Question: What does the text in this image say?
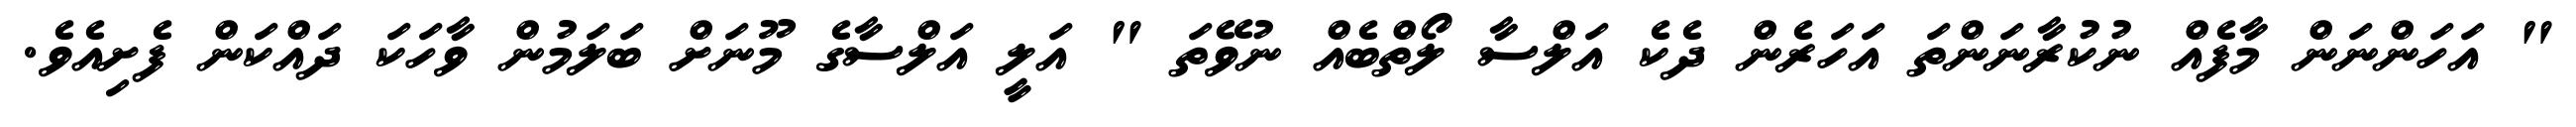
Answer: " އަހަންނަން މާފެއް ނުކުރާނަންތަ އަހަރެން ދެކެ އަލްސާ ލޯތްބެއް ނުވޭތަ " އަލީ އަލްސާގެ މޫނަށް ބަލަމުން ވާހަކަ ދައްކަން ފެށިއެވެ.